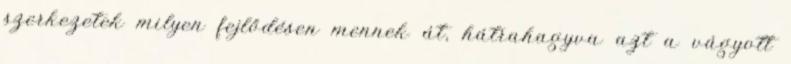
szerkezetek milyen fejlődésen mennek át, hátrahagyva azt a vágyott